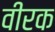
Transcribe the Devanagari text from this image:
वीरक